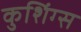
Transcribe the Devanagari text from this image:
कुशिंग्स